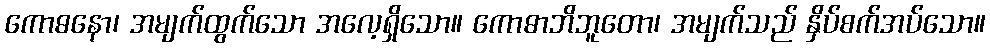
ကောဓနော၊ အမျက်ထွက်သော အလေ့ရှိသော။ ကောဓာဘိဘူတော၊ အမျက်သည် နှိပ်စက်အပ်သော။